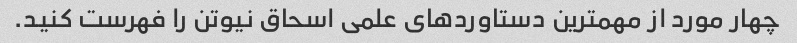
چهار مورد از مهمترین دستاوردهای علمی اسحاق نیوتن را فهرست کنید.